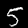
Label: 5